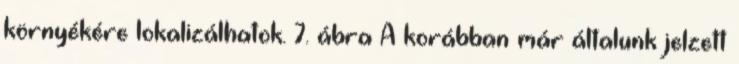
környékére lokalizálhatok. 7. ábra A korábban már általunk jelzett